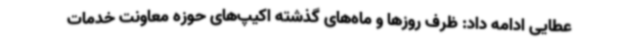
عطایی ادامه داد: ظرف روزها و ماه‌های گذشته اکیپ‌های حوزه معاونت خدمات